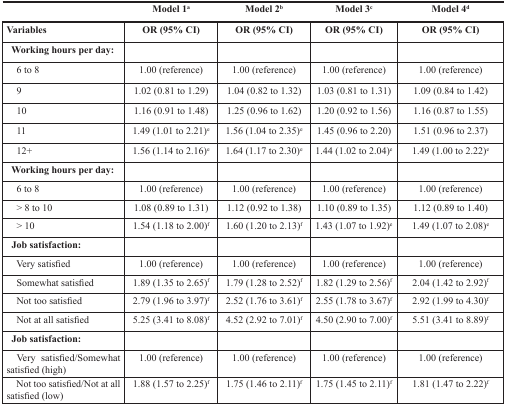
<table><thead><tr><td></td><td><b>Model 1<sup>a</sup></b></td><td><b>Model 2<sup>b</sup></b></td><td><b>Model 3<sup>c</sup></b></td><td><b>Model 4<sup>d</sup></b></td></tr></thead><tbody><tr><td><b>Variables</b></td><td><b>OR (95% CI)</b></td><td><b>OR (95% CI)</b></td><td><b>OR (95% CI)</b></td><td><b>OR (95% CI)</b></td></tr><tr><td><b>Working hours per day</b>:</td><td></td><td></td><td></td><td></td></tr><tr><td> 6 to 8</td><td>1.00 (reference)</td><td>1.00 (reference)</td><td>1.00 (reference)</td><td>1.00 (reference)</td></tr><tr><td> 9</td><td>1.02 (0.81 to 1.29)</td><td>1.04 (0.82 to 1.32)</td><td>1.03 (0.81 to 1.31)</td><td>1.09 (0.84 to 1.42)</td></tr><tr><td> 10</td><td>1.16 (0.91 to 1.48)</td><td>1.25 (0.96 to 1.62)</td><td>1.20 (0.92 to 1.56)</td><td>1.16 (0.87 to 1.55)</td></tr><tr><td> 11</td><td>1.49 (1.01 to 2.21)<sup>e</sup></td><td>1.56 (1.04 to 2.35)<sup>e</sup></td><td>1.45 (0.96 to 2.20)</td><td>1.51 (0.96 to 2.37)</td></tr><tr><td> 12+</td><td>1.56 (1.14 to 2.16)<sup>e</sup></td><td>1.64 (1.17 to 2.30)<sup>e</sup></td><td>1.44 (1.02 to 2.04)<sup>e</sup></td><td>1.49 (1.00 to 2.22)<sup>e</sup></td></tr><tr><td><b>Working hours per day</b>:</td><td></td><td></td><td></td><td></td></tr><tr><td> 6 to 8</td><td>1.00 (reference)</td><td>1.00 (reference)</td><td>1.00 (reference)</td><td>1.00 (reference)</td></tr><tr><td> &gt; 8 to 10</td><td>1.08 (0.89 to 1.31)</td><td>1.12 (0.92 to 1.38)</td><td>1.10 (0.89 to 1.35)</td><td>1.12 (0.89 to 1.40)</td></tr><tr><td> &gt; 10</td><td>1.54 (1.18 to 2.00)<sup>f</sup></td><td>1.60 (1.20 to 2.13)<sup>f</sup></td><td>1.43 (1.07 to 1.92)<sup>e</sup></td><td>1.49 (1.07 to 2.08)<sup>e</sup></td></tr><tr><td><b>Job satisfaction</b>:</td><td></td><td></td><td></td><td></td></tr><tr><td> Very satisfied</td><td>1.00 (reference)</td><td>1.00 (reference)</td><td>1.00 (reference)</td><td>1.00 (reference)</td></tr><tr><td> Somewhat satisfied</td><td>1.89 (1.35 to 2.65)<sup>f</sup></td><td>1.79 (1.28 to 2.52)<sup>f</sup></td><td>1.82 (1.29 to 2.56)<sup>f</sup></td><td>2.04 (1.42 to 2.92)<sup>f</sup></td></tr><tr><td> Not too satisfied</td><td>2.79 (1.96 to 3.97)<sup>f</sup></td><td>2.52 (1.76 to 3.61)<sup>f</sup></td><td>2.55 (1.78 to 3.67)<sup>f</sup></td><td>2.92 (1.99 to 4.30)<sup>f</sup></td></tr><tr><td> Not at all satisfied</td><td>5.25 (3.41 to 8.08)<sup>f</sup></td><td>4.52 (2.92 to 7.01)<sup>f</sup></td><td>4.50 (2.90 to 7.00)<sup>f</sup></td><td>5.51 (3.41 to 8.89)<sup>f</sup></td></tr><tr><td><b>Job satisfaction</b>:</td><td></td><td></td><td></td><td></td></tr><tr><td> Very satisfied/Somewhat satisfied (high)</td><td>1.00 (reference)</td><td>1.00 (reference)</td><td>1.00 (reference)</td><td>1.00 (reference)</td></tr><tr><td> Not too satisfied/Not at all satisfied (low)</td><td>1.88 (1.57 to 2.25)<sup>f</sup></td><td>1.75 (1.46 to 2.11)<sup>f</sup></td><td>1.75 (1.45 to 2.11)<sup>f</sup></td><td>1.81 (1.47 to 2.22)<sup>f</sup></td></tr></tbody></table>